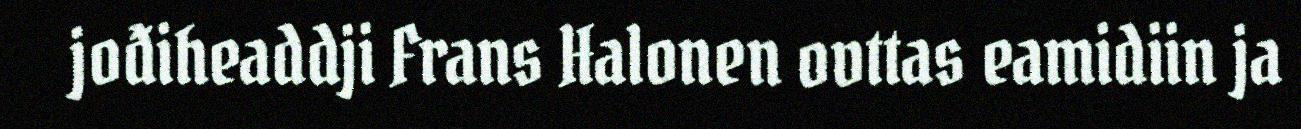
jođiheaddji Frans Halonen ovttas eamidiin ja